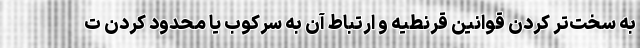
به سخت‌تر کردن قوانین قرنطیه و ارتباط آن به سرکوب یا محدود کردن ت